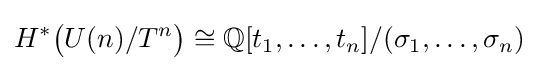
H^{*}{\big (}U(n)/T^{n}{\big )}\cong \mathbb {Q} [t_{1},\ldots ,t_{n}]/(\sigma _{1},\ldots ,\sigma _{n})